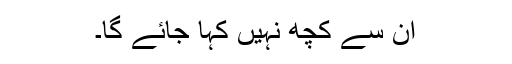
ان سے کچھ نہیں کہا جائے گا۔